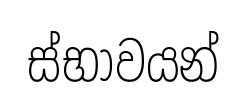
ස්භාවයන්